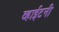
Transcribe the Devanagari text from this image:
व्हाईटनी